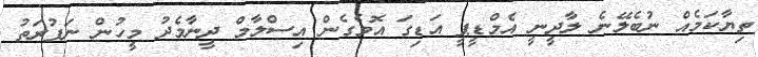
ތިޔާކަމެއް ނުބެލޭނެ ލާދީނީ އެމްޑީޕީ އަޑިގަ އޮވެގެން އިސްލާމް ދީނާމެދު މީހުން ނަފުރަތު